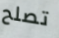
تصلح